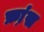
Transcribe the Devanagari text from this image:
फ्रा़ंस